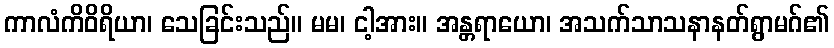
ကာလံကိဝိရိယာ၊ သေခြင်းသည်။ မမ၊ ငါ့အား။ အန္တရာယော၊ အသက်သာသနာနတ်ရွာမဂ်၏